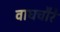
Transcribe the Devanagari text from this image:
वाघचौरे